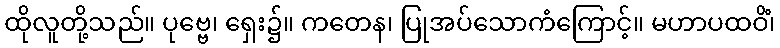
ထိုလူတို့သည်။ ပုဗ္ဗေ၊ ရှေး၌။ ကတေန၊ ပြုအပ်သောကံကြောင့်။ မဟာပထဝိံ၊